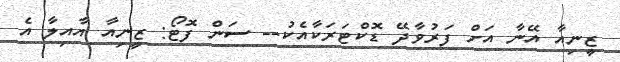
ޒީނިއާ އޭނާ އަށް ފަރުވާދޭ ޑޮކްޓަރަކާއެކު-- ސަން ފޮޓޯ: ޒީނިއާ އާއިލާ އެ